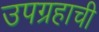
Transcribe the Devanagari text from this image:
उपग्रहाची